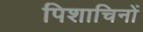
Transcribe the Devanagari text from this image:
पिशाचिनों